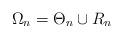
LaTeX: \begin{align*}\Omega_n=\Theta_n\cup R_n \end{align*}